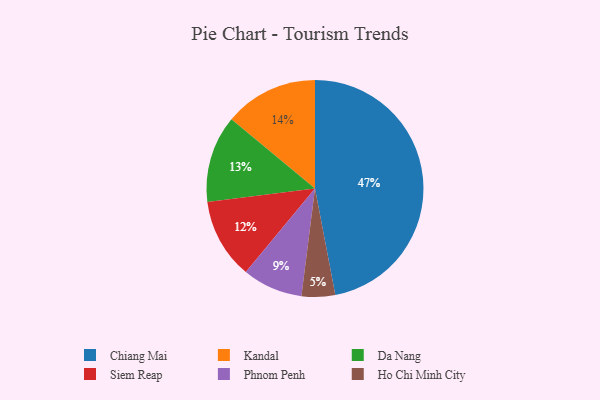
{"axis": {"x": "Category", "y": "Percentage"}, "legend": ["Chiang Mai", "Da Nang", "Ho Chi Minh City", "Kandal", "Phnom Penh", "Siem Reap"], "data": [{"x": "Ho Chi Minh City", "y": 5, "type": "Ho Chi Minh City"}, {"x": "Da Nang", "y": 13, "type": "Da Nang"}, {"x": "Kandal", "y": 14, "type": "Kandal"}, {"x": "Chiang Mai", "y": 47, "type": "Chiang Mai"}, {"x": "Siem Reap", "y": 12, "type": "Siem Reap"}, {"x": "Phnom Penh", "y": 9, "type": "Phnom Penh"}]}